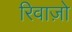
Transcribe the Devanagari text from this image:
रिवाज़ो